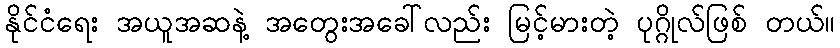
နိုင်ငံရေး အယူအဆနဲ့ အတွေးအခေါ်လည်း မြင့်မားတဲ့ ပုဂ္ဂိုလ်ဖြစ် တယ်။